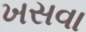
ખસવા